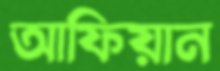
আফিয়ান